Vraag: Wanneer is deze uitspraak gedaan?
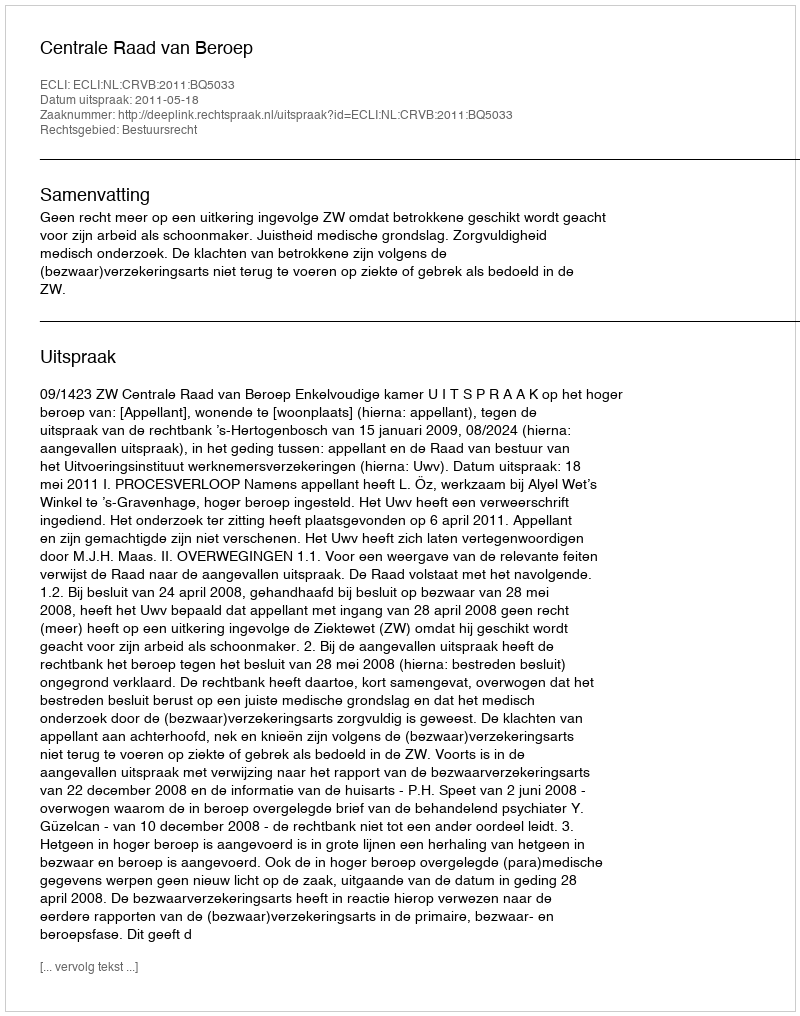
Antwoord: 2011-05-18